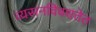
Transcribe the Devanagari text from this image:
व्यसनविवशतेत